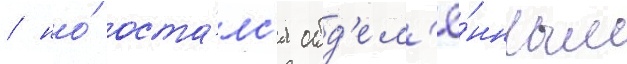
/ но́ оста́лс'я обд'ел'ё́нным